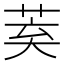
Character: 𮏌